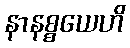
နာနစ္စယေဟိ